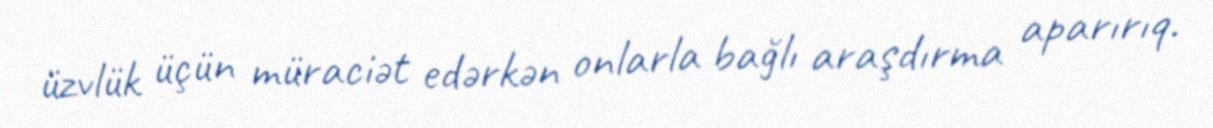
üzvlük üçün müraciət edərkən onlarla bağlı araşdırma aparırıq.